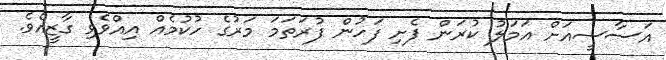
އަސާސީއަށް އަމަލު ކުރަން ފެށި ފަހުން ފުރަތަމަ މަރުގެ ހުކުމެއް އިއްވެވި ގާޒީއެވެ.